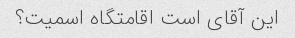
این آقای است اقامتگاه اسمیت؟